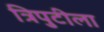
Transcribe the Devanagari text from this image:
त्रिपुटीला